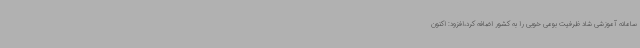
سامانه آموزشی شاد ظرفیت بومی خوبی را به کشور اضافه کرد،افزود: اکنون